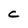
Character: C